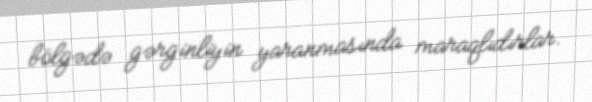
bölgədə gərginliyin yaranmasında maraqlıdırlar.